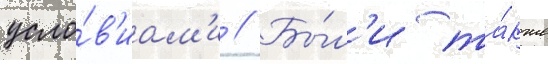
усло́в'иам'и // Бы́л'и та́кже